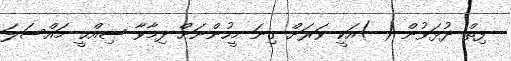
ފިތް ދުޅަވުން ( )އަކީ ވަރަށް ގިނަ މީހުންނަށް ދިމާވާ ޞިއްޙީ މައްސަލަ